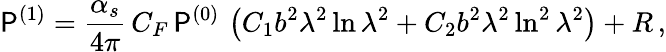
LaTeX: {\cal\mathsf{P}}^{(1)}=\frac{{\alpha_{s}}}{{4\pi}}\, C_{F}\, {\cal\mathsf{P}}^{(0)}\, \left(C_{1}b^{2}\lambda^{2}\ln\lambda^{2}+C_{2}b^{2}\lambda^{2}\ln^{2}\lambda^{2}\right)+R\, ,